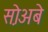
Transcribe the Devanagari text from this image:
स़ोअबे